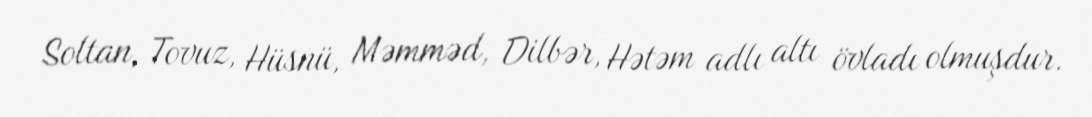
Soltan, Tovuz, Hüsnü, Məmməd, Dilbər, Hətəm adlı altı övladı olmuşdur.